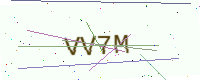
Text: VV7M